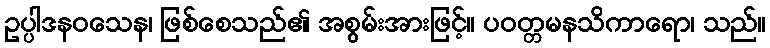
ဥပ္ပါဒနဝသေန၊ ဖြစ်စေသည်၏ အစွမ်းအားဖြင့်။ ပဝတ္တမနသိကာရော၊ သည်။